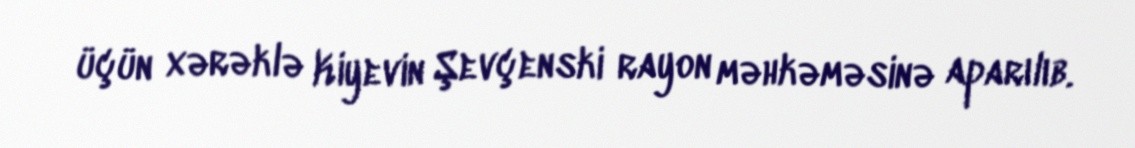
üçün xərəklə Kiyevin Şevçenski rayon məhkəməsinə aparılıb.